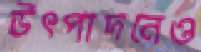
উৎপাদনেও